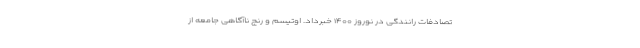
تصادفات رانندگی در نوروز ۱۴۰۰ خبرداد. اوتیسم و رنج ناآگاهی جامعه از